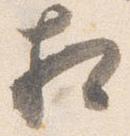
相